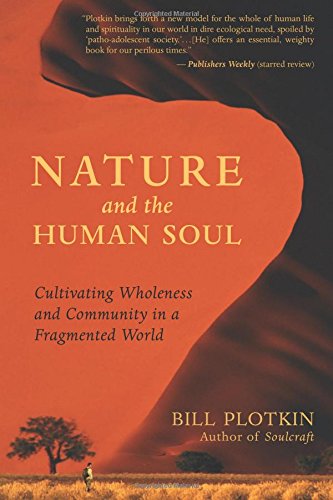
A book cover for Nature and the Human Soul: Cultivating Wholeness and Community in a Fragmented World; Bill Plotkin; Science & Math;